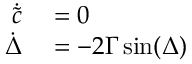
\begin{array} { r l } { \dot { \tilde { c } } } & { { } = 0 } \\ { \dot { \Delta } } & { { } = - 2 \Gamma \, \mathrm { s i n } ( \Delta ) } \end{array}